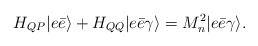
\begin{align*}H_{QP}|e\bar{e}\rangle+H_{QQ}|e\bar{e}\gamma\rangle= M^2_n|e\bar{e}\gamma\rangle.\end{align*}